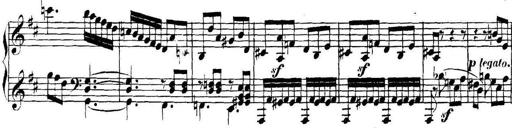
Title: Collected Piano Sonatas
Composer: Muzio Clementi